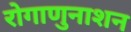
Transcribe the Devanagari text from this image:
रोगाणुनाशन